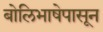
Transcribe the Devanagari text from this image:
बोलिभाषेपासून